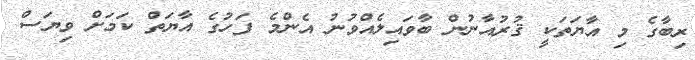
ރިބާގެ މި އާޔަތަކީ ޤުރުއާނުން ބާވައިލެއްވުނު އެންމެ ފަހުގެ އާޔަތް ކަމަށް ވިޔަސް